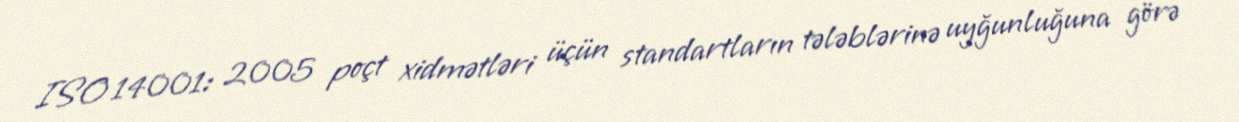
ISO 14001: 2005 poçt xidmətləri üçün standartların tələblərinə uyğunluğuna görə